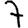
Digit: 7